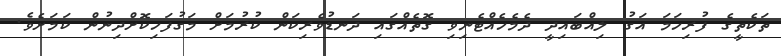
ތަކެތީގެ ފުރިހަމަ އަގު ލިއްބައިދީ ދެމެހެއްޓެނިވި ގޮތެއްގައި ދަނޑުވެރިކަން ކުރުމަށް މަގުފަހިކޮށްދިނުން ކަމަށެވެ.